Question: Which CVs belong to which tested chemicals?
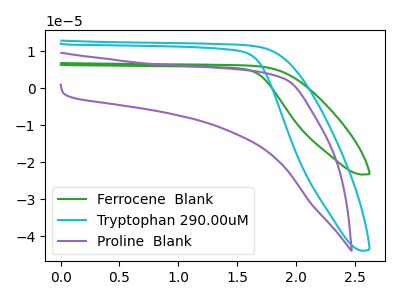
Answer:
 <answer>The green curve is labeled "Ferrocene  Blank". The cyan curve is labeled "Tryptophan 290.00uM". The purple curve is labeled "Proline  Blank".</answer>
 <eval></eval>